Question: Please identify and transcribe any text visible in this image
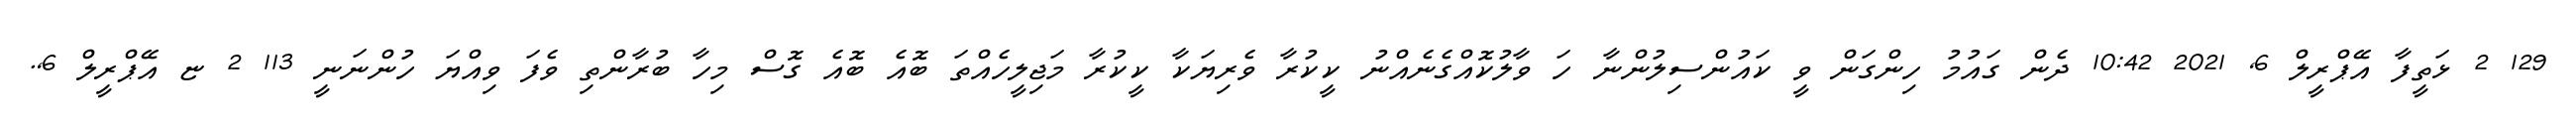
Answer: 129 2 ޅަތީފާ އޭޕްރީލް 6, 2021 10:42 ދެން ގައުމު ހިންގަން ވީ ކައުންސިލުންނާ ހަ ވާލުކޮއްގެނެއްނު ކީކުރާ ވެރިޔަކާ ކީކުރާ މަޖިލީހެއްތަ ބޮއެ ބޮއެ ގޮސް މިހާ ބުރާންތި ވެފަ ވިއްޔަ ހުންނަނީ 113 2 ޏ އޭޕްރީލް 6,.